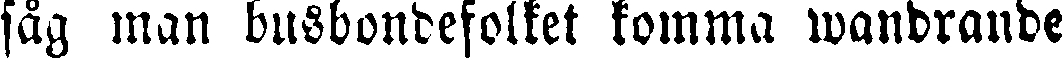
såg man busbondesolket komma wandrande